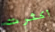
أكثرت